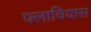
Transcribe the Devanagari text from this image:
फ्लावियास